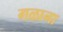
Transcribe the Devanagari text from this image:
गळाना